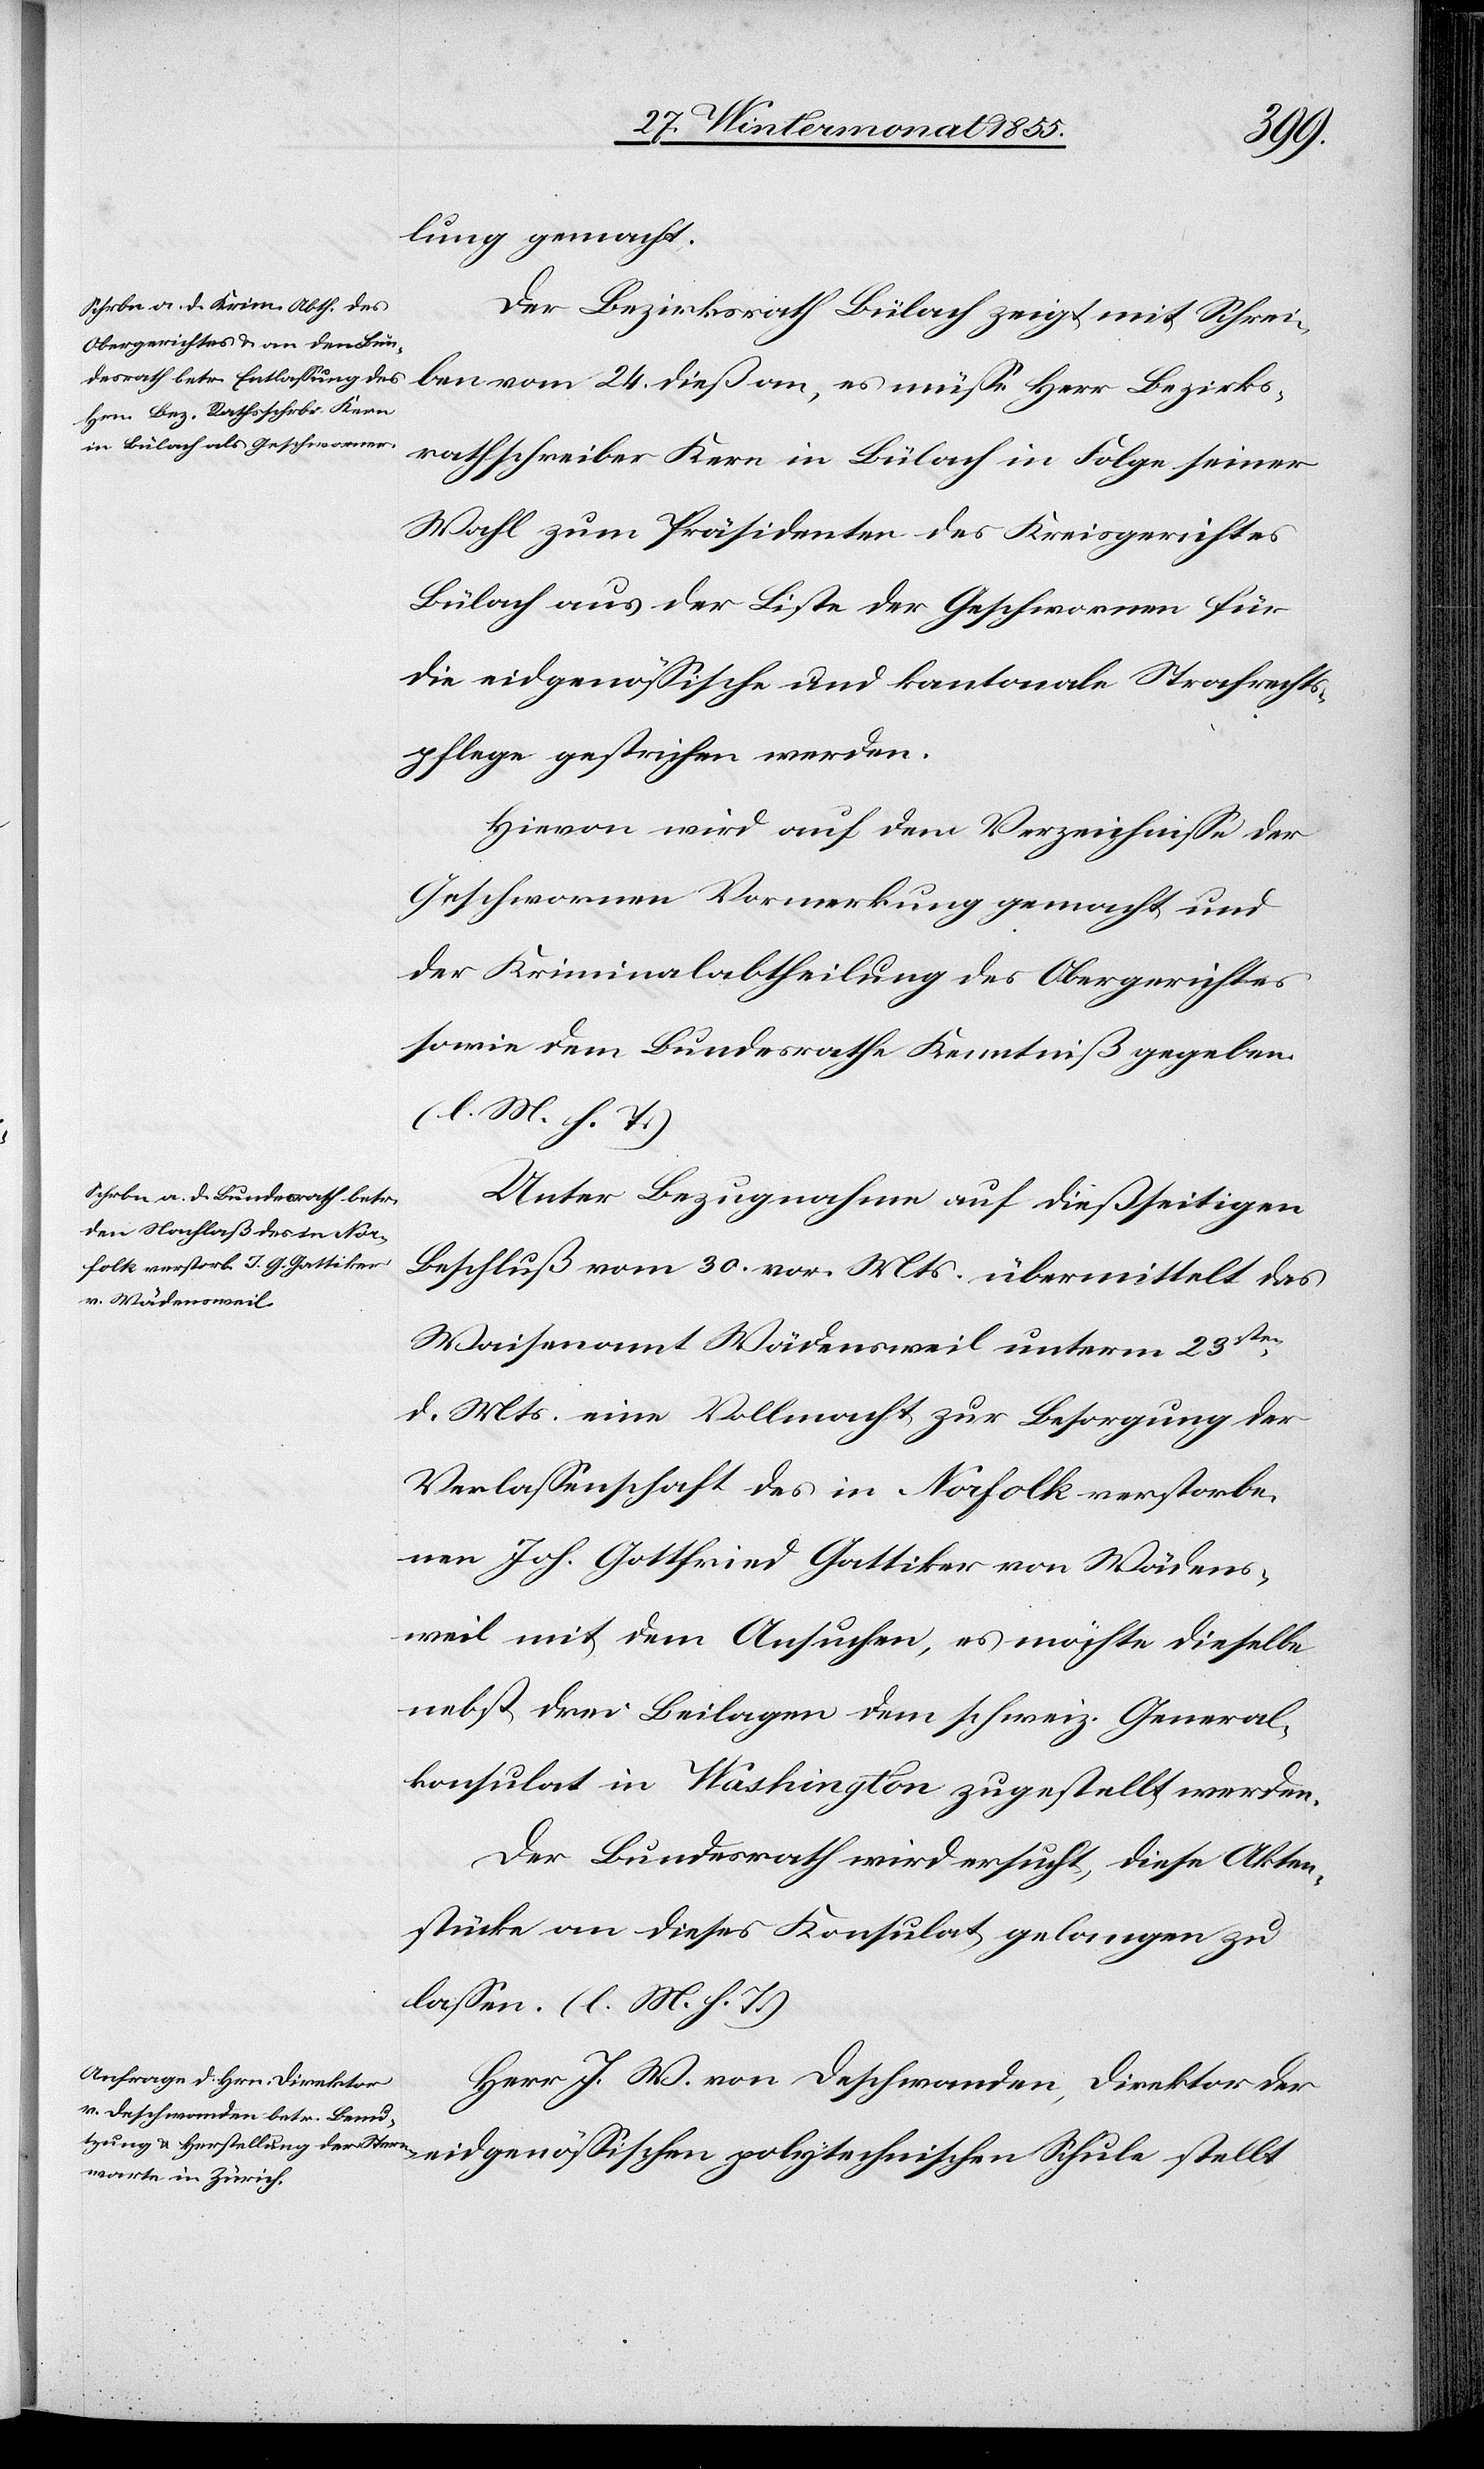
lung gemacht.
Der Bezirksrath Bülach zeigt mit Schrei¬
ben vom 24. dieß an, es müsse Herr Bezirks¬
rathschreiber Kern in Bülach in Folge seiner
Wahl zum Präsidenten des Kreisgerichtes
Bülach aus der Liste der Geschwornen für
die eidgenössische und kantonale Strafrechts¬
pflege gestrichen werden.
Hievon wird auf dem Verzeichnisse der
Geschwornen Vormerkung gemacht und
der Kriminalabtheilung des Obergerichtes
sowie dem Bundesrathe Kenntniß gegeben.
(l. M. h. T.)
Unter Bezugnahme auf dießseitigen
Beschluß vom 30. vor. Mts. übermittelt das
Waisenamt Wädensweil unterm 23sten
d. Mts. eine Vollmacht zur Besorgung der
Verlassenschaft des in Norfolk verstorbe¬
nen Joh. Gottfried Gattiker von Wädens¬
weil mit dem Ansuchen, es möchte dieselbe
nebst drei Beilagen dem schweiz. General¬
konsulat in Washington zugestellt werden.
Der Bundesrath wird ersucht, diese Akten¬
stücke an dieses Konsulat gelangen zu
lassen. (l. M. h. T.)
Herr J. W. von Deschwanden, Direktor der
eidgenössischen polytechnischen Schule stellt